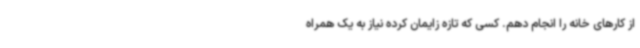
از کارهای خانه را انجام دهم. کسی که تازه زایمان کرده نیاز به یک همراه